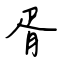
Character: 胥